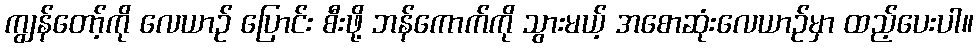
ကျွန်တော့်ကို လေယာဉ် ပြောင်း စီးဖို့ ဘန်ကောက်ကို သွားမယ့် အစောဆုံးလေယာဉ်မှာ ထည့်ပေးပါ။